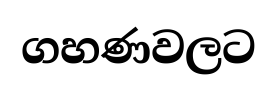
ගහණවලට